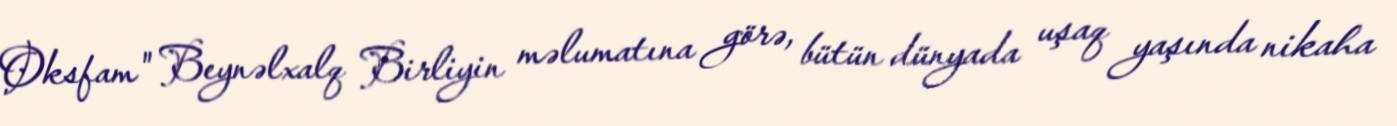
Oksfam" Beynəlxalq Birliyin məlumatına görə, bütün dünyada uşaq yaşında nikaha